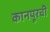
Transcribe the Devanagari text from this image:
कानपूरची